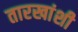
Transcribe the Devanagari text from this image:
तारखांशी